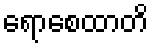
ရောစေထာတိ